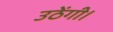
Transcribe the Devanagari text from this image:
उठेंगी।